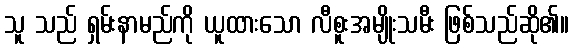
သူ သည် ရှမ်းနာမည်ကို ယူထားသော လီစူးအမျိုးသမီး ဖြစ်သည်ဆို၏။